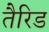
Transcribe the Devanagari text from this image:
तैरिड